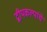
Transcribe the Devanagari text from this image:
द्वीपकल्पांचे